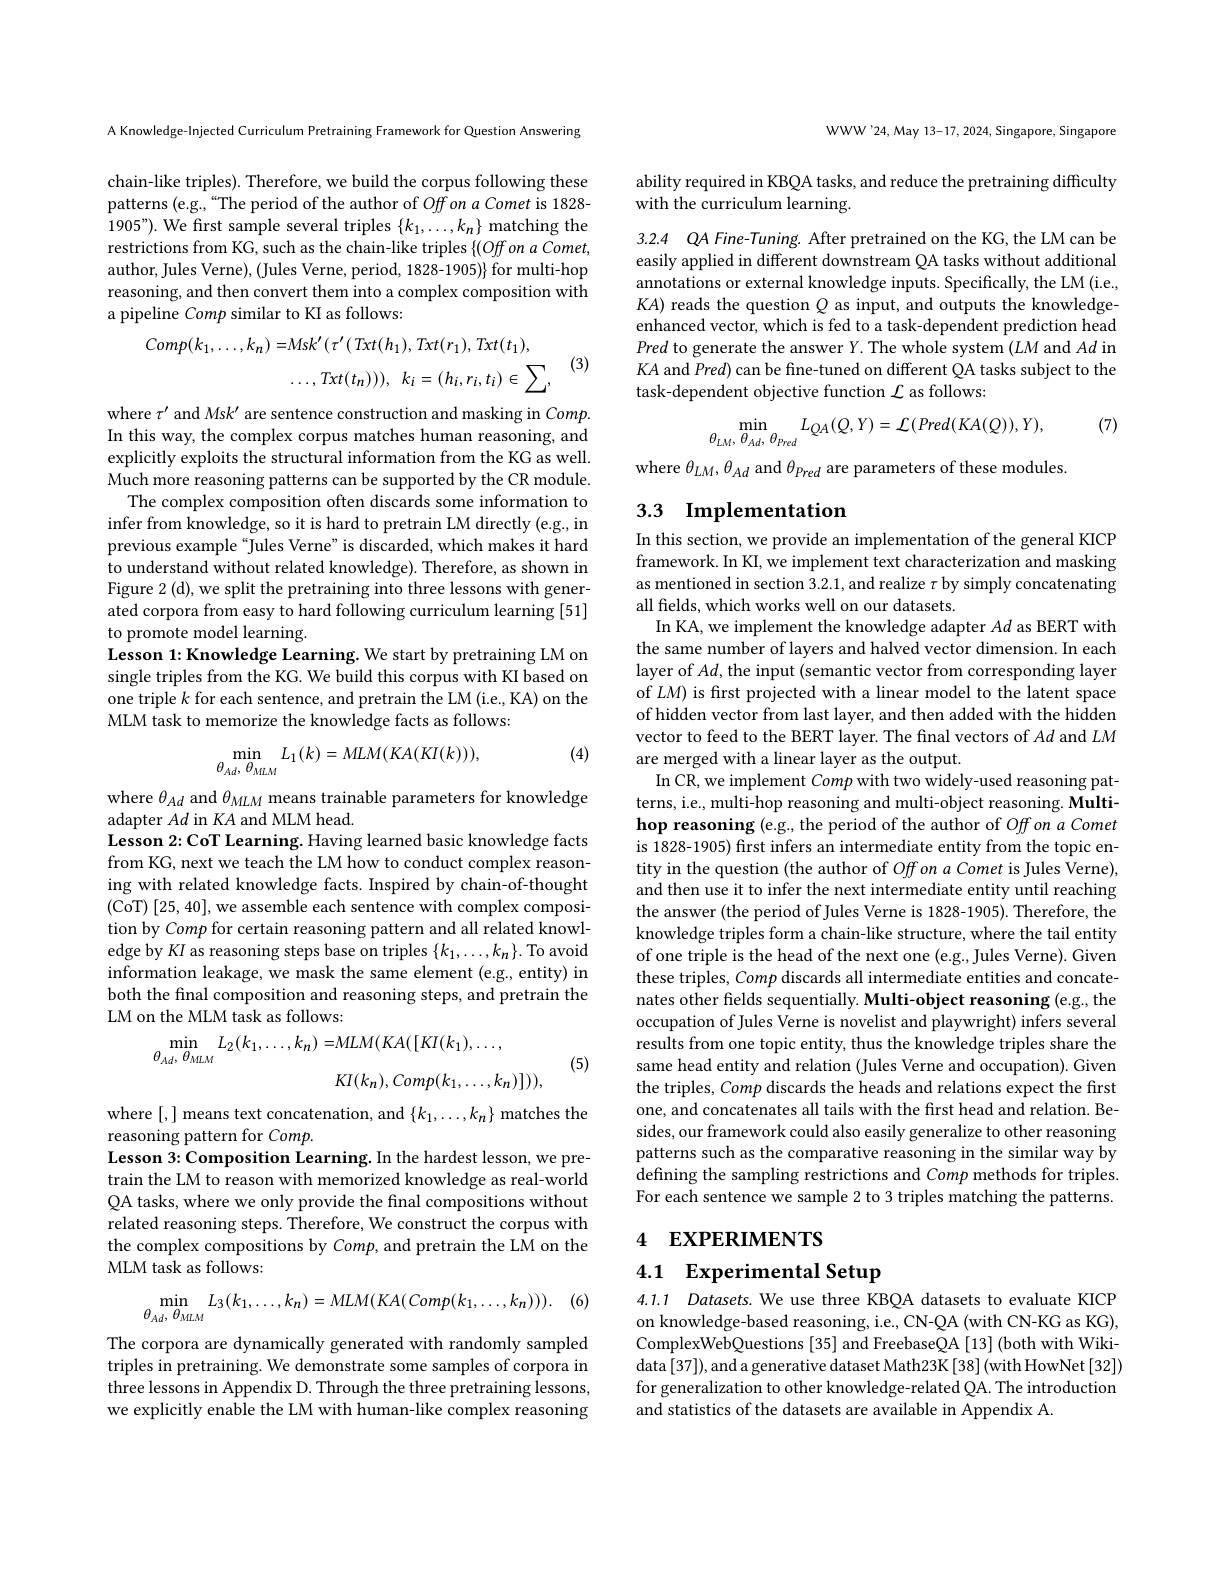
A Knowledge-Injected Curriculum Pretraining Framework for Question Answering

chain-like triples). Therefore, we build the corpus following these patterns (e.g.,“The period of the author of $Offon\textit{aComet is 1828- }$ $1905”).$ We first sample several triples $\{k_1,\ldots,k_n\}$ matching the restrictions from KG, such as the chain-like triples $\{ ( Offon\textit{a Comet}$, author, Jules Verne), (Jules Verne, period, 1828-1905)} for multi-hop reasoning, and then convert them into a complex composition with a pipeline Comp similar to KI as follows:
$$\begin{aligned}Comp(k_{1},\ldots,k_{n})=&Msk^{\prime}(\tau^{\prime}(Txt(h_{1}),Txt(r_{1}),Txt(t_{1}),\\&\ldots,Txt(t_{n}))),\:k_{i}=(h_{i},r_{i},t_{i})\in\sum,\end{aligned}$$
(3)

where $\tau^\prime$ and Msk' are sentence construction and masking in Comp. In this way, the complex corpus matches human reasoning, and explicitly exploits the structural information from the KG as well. Much more reasoning patterns can be supported by the CR module.
The complex composition often discards some information to infer from knowledge, so it is hard to pretrain LM directly (e.g., in previous example“Jules Verne” is discarded, which makes it hard to understand without related knowledge). Therefore, as shown in Figure 2 (d), we split the pretraining into three lessons with generated corpora from easy to hard following curriculum learning [51] to promote model learning
Lesson 1: Knowledge Learning. We start by pretraining LM on single triples from the KG. We build this corpus with KI based on one triple $k$ for each sentence, and pretrain the LM (i.e., KA) on the MLM task to memorize the knowledge facts as follows:

(4)
$$\min_{\theta_{Ad},\:\theta_{MLM}}L_{1}(k)=MLM(KA(KI(k))),$$
where $\theta_{Ad}$ and $\theta_MLM$ means trainable parameters for knowledge
adapter $Ad$ in KA and MLM head.
Lesson 2: CoT Learning. Having learned basic knowledge facts from KG, next we teach the LM how to conduct complex reasoning with related knowledge facts. Inspired by chain-of-thought (CoT) [25, 40], we assemble each sentence with complex composition by Comp for certain reasoning pattern and all related knowledge by KI as reasoning steps base on triples $\{k_1,\ldots,k_n\}.$ To avoid information leakage, we mask the same element (e.g., entity) in both the final composition and reasoning steps, and pretrain the LM on the MLM task as follows:
$$\begin{aligned}\min_{\theta_{Ad},\:\theta_{MLM}}L_{2}(k_{1},\ldots,k_{n})=&MLM(KA([KI(k_{1}),\ldots,\\&KI(k_{n}),Comp(k_{1},\ldots,k_{n})])),\end{aligned}$$
(5)

where [,] means text concatenation, and $\{k_1,\ldots,k_n\}$ matches the
reasoning pattern for Comp.
Lesson 3: Composition Learning. In the hardest lesson, we pretrain the LM to reason with memorized knowledge as real-world QA tasks, where we only provide the final compositions without related reasoning steps. Therefore, We construct the corpus with the complex compositions by Comp, and pretrain the LM on the MLM task as follows:

(6)
$$\min_{\theta_{Ad},\:\theta_{MLM}}L_{3}(k_{1},\ldots,k_{n})=MLM(KA(Comp(k_{1},\ldots,k_{n}))).$$
The corpora are dynamically generated with randomly sampled triples in pretraining. We demonstrate some samples of corpora in three lessons in Appendix D. Through the three pretraining lessons, we explicitly enable the LM with human-like complex reasoning

WWW'24, May 13-17, 2024, Singapore, Singapore

ability required in KBQA tasks, and reduce the pretraining difficulty
## with the curriculum learning.

3.2.4 QA Fine-Tuning. After pretrained on the KG, the LM can be easily applied in different downstream QA tasks without additional annotations or external knowledge inputs. Specifically, the LM (i.e., $KA)$ reads the question Q as input, and outputs the knowledgeenhanced vector, which is fed to a task-dependent prediction head Pred to generate the answer $Y.$ The whole system $(LM$ and $Ad$ in $KA$ and Pred) can be fine-tuned on different QA tasks subject to the task-dependent objective function $\mathcal{L}$ as follows:

(7)
$$\min_{\theta_{LM},\:\theta_{Ad},\:\theta_{Pred}}L_{QA}(Q,Y)=\mathcal{L}(Pred(KA(Q)),Y),$$
where $\theta_{LM},\theta_{Ad}$ and $\theta_{Pred}$ are parameters of these modules.

# 3.3 Implementation

In this section, we provide an implementation of the general KICP framework. In KI, we implement text characterization and masking as mentioned in section 3.2.1,and realize $\tau$ by simply concatenating all fields, which works well on our datasets.
In KA, we implement the knowledge adapter $Ad$ as BERT with the same number of layers and halved vector dimension. In each layer of $Ad$, the input (semantic vector from corresponding layer of $LM)$ is first projected with a linear model to the latent space of hidden vector from last layer, and then added with the hidden vector to feed to the BERT layer. The final vectors of $Ad$ and $LM$ are merged with a linear layer as the output.
In CR, we implement Comp with two widely-used reasoning patterns, i.e., multi-hop reasoning and multi-object reasoning. Multihop reasoning (e.g., the period of the author of Off on a Comet is 1828-1905) first infers an intermediate entity from the topic entity in the question (the author of Off on a Comet is Jules Verne), and then use it to infer the next intermediate entity until reaching the answer (the period of Jules Verne is 1828-1905). Therefore, the knowledge triples form a chain-like structure, where the tail entity of one triple is the head of the next one (e.g., Jules Verne). Given these triples, Comp discards all intermediate entities and concatenates other fields sequentially. Multi-object reasoning (e.g., the occupation of Jules Verne is novelist and playwright) infers several results from one topic entity, thus the knowledge triples share the same head entity and relation (Jules Verne and occupation). Given the triples, Comp discards the heads and relations expect the first one, and concatenates all tails with the first head and relation. Besides, our framework could also easily generalize to other reasoning patterns such as the comparative reasoning in the similar way by defining the sampling restrictions and Comp methods for triples. For each sentence we sample 2 to 3 triples matching the patterns.

## 4 EXPERIMENTS

4.1 Experimental Setup

4.1.1 Datasets. We use three KBQA datasets to evaluate KICP on knowledge-based reasoning, i.e., CN-QA (with CN-KG as KG), ComplexWebQuestions [35] and FreebaseQA [13] (both with Wikidata [37]), and a generative dataset Math23K[38](with HowNet[32]) for generalization to other knowledge-related QA. The introduction and statistics of the datasets are available in Appendix A.